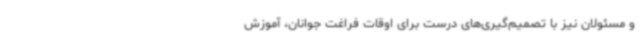
و مسئولان نیز با تصمیم‌گیری‌های درست برای اوقات فراغت جوانان، آموزش